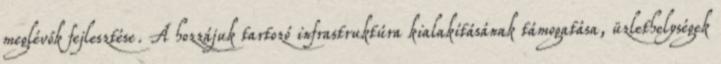
meglévők fejlesztése. A hozzájuk tartozó infrastruktúra kialakításának támogatása, üzlethelységek